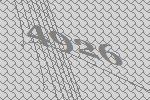
4926